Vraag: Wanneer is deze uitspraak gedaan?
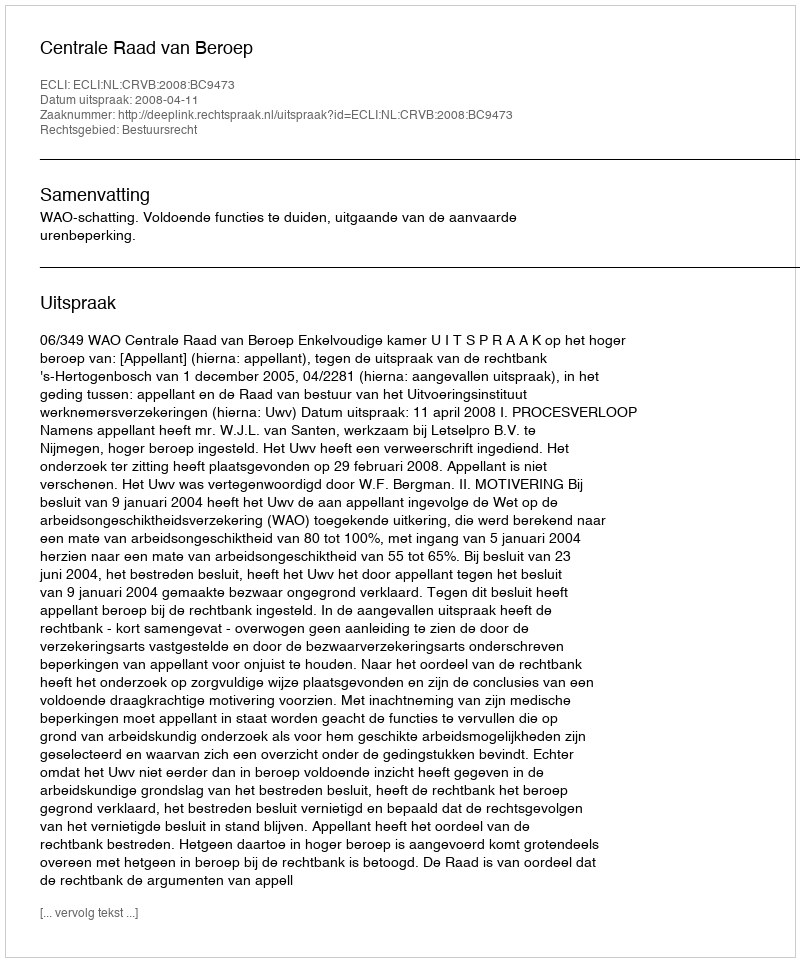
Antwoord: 2008-04-11